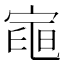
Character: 𭔌